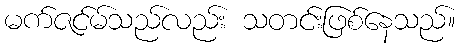
မက်ဇင်မ်သည်လည်း သတင်းဖြစ်နေသည်။